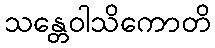
သန္တေဝါသိကောတိ